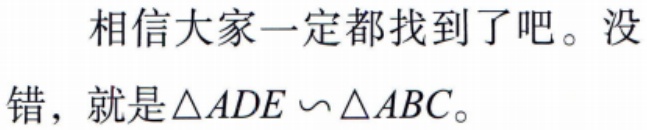
相信大家一定都找到了吧。没错，就是\(\triangle ADE \backsim \triangle ABC\)。